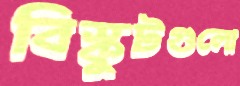
বিস্কুটগুলো